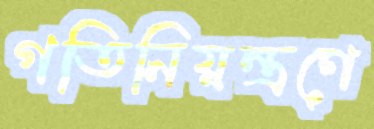
গতিনিয়ন্ত্রণে